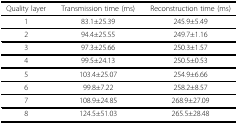
<table><thead><tr><td><b>Quality layer</b></td><td><b>Transmission time (ms)</b></td><td><b>Reconstruction time (ms)</b></td></tr></thead><tbody><tr><td>1</td><td>83.1±25.39</td><td>245.9±5.49</td></tr><tr><td>2</td><td>94.4±25.55</td><td>249.7±1.16</td></tr><tr><td>3</td><td>97.3±25.66</td><td>250.3±1.57</td></tr><tr><td>4</td><td>99.5±24.13</td><td>250.5±0.53</td></tr><tr><td>5</td><td>103.4±25.07</td><td>254.9±6.66</td></tr><tr><td>6</td><td>99.8±7.22</td><td>258.2±8.57</td></tr><tr><td>7</td><td>108.9±24.85</td><td>268.9±27.09</td></tr><tr><td>8</td><td>124.5±51.03</td><td>265.5±28.48</td></tr></tbody></table>